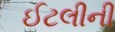
ઈટલીની